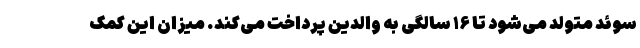
سوئد متولد می‌شود تا ۱۶ سالگی به والدین پرداخت می‌کند. میزان این کمک